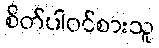
စိတ်ပါဝင်စားသူ